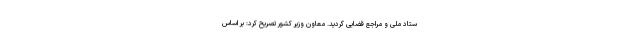
ستاد ملی و مراجع قضایی گردید. معاون وزیر کشور تصریح کرد: بر اساس